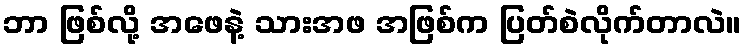
ဘာ ဖြစ်လို့ အဖေနဲ့ သားအဖ အဖြစ်က ပြတ်စဲလိုက်တာလဲ။